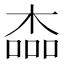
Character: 楍